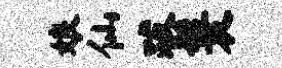
娘仙跋鬟